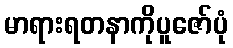
မာရားရတနာကိုပူဇော်ပုံ